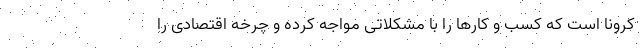
کرونا است که کسب و کارها را با مشکلاتی مواجه کرده و چرخه اقتصادی را